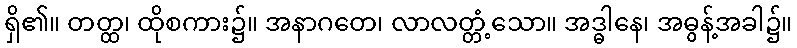
ရှိ၏။ တတ္ထ၊ ထိုစကား၌။ အနာဂတေ၊ လာလတ္တံ့သော။ အဒ္ဓါနေ၊ အဓွန့်အခါ၌။